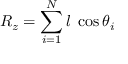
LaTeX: R _ { z } = \sum _ { i = 1 } ^ { N } l { \mathrm { ~ } } \cos \theta _ { i }